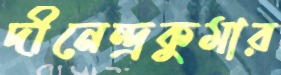
দীনেন্দ্রকুমার